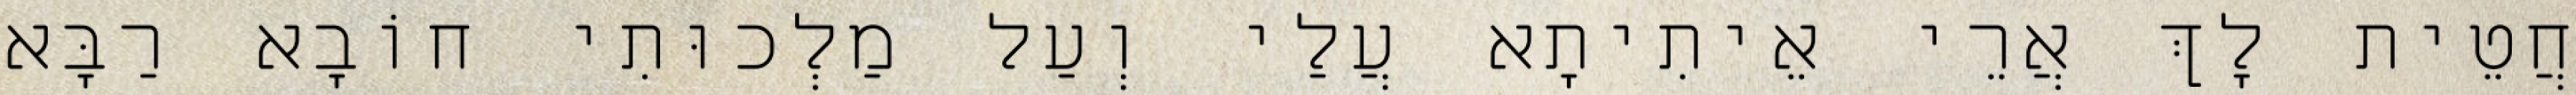
חֲטֵית לָךְ אֲרֵי אֵיתִיתָא עֲלַי וְעַל מַלְכוּתִי חוֹבָא רַבָּא